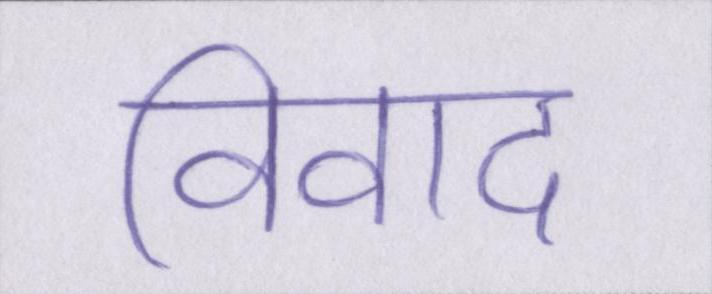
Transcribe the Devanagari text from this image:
विवाद